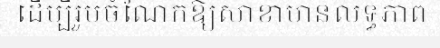
ដើម្បីរួមចំណែកឱ្យសាខាមានលទ្ធភាព